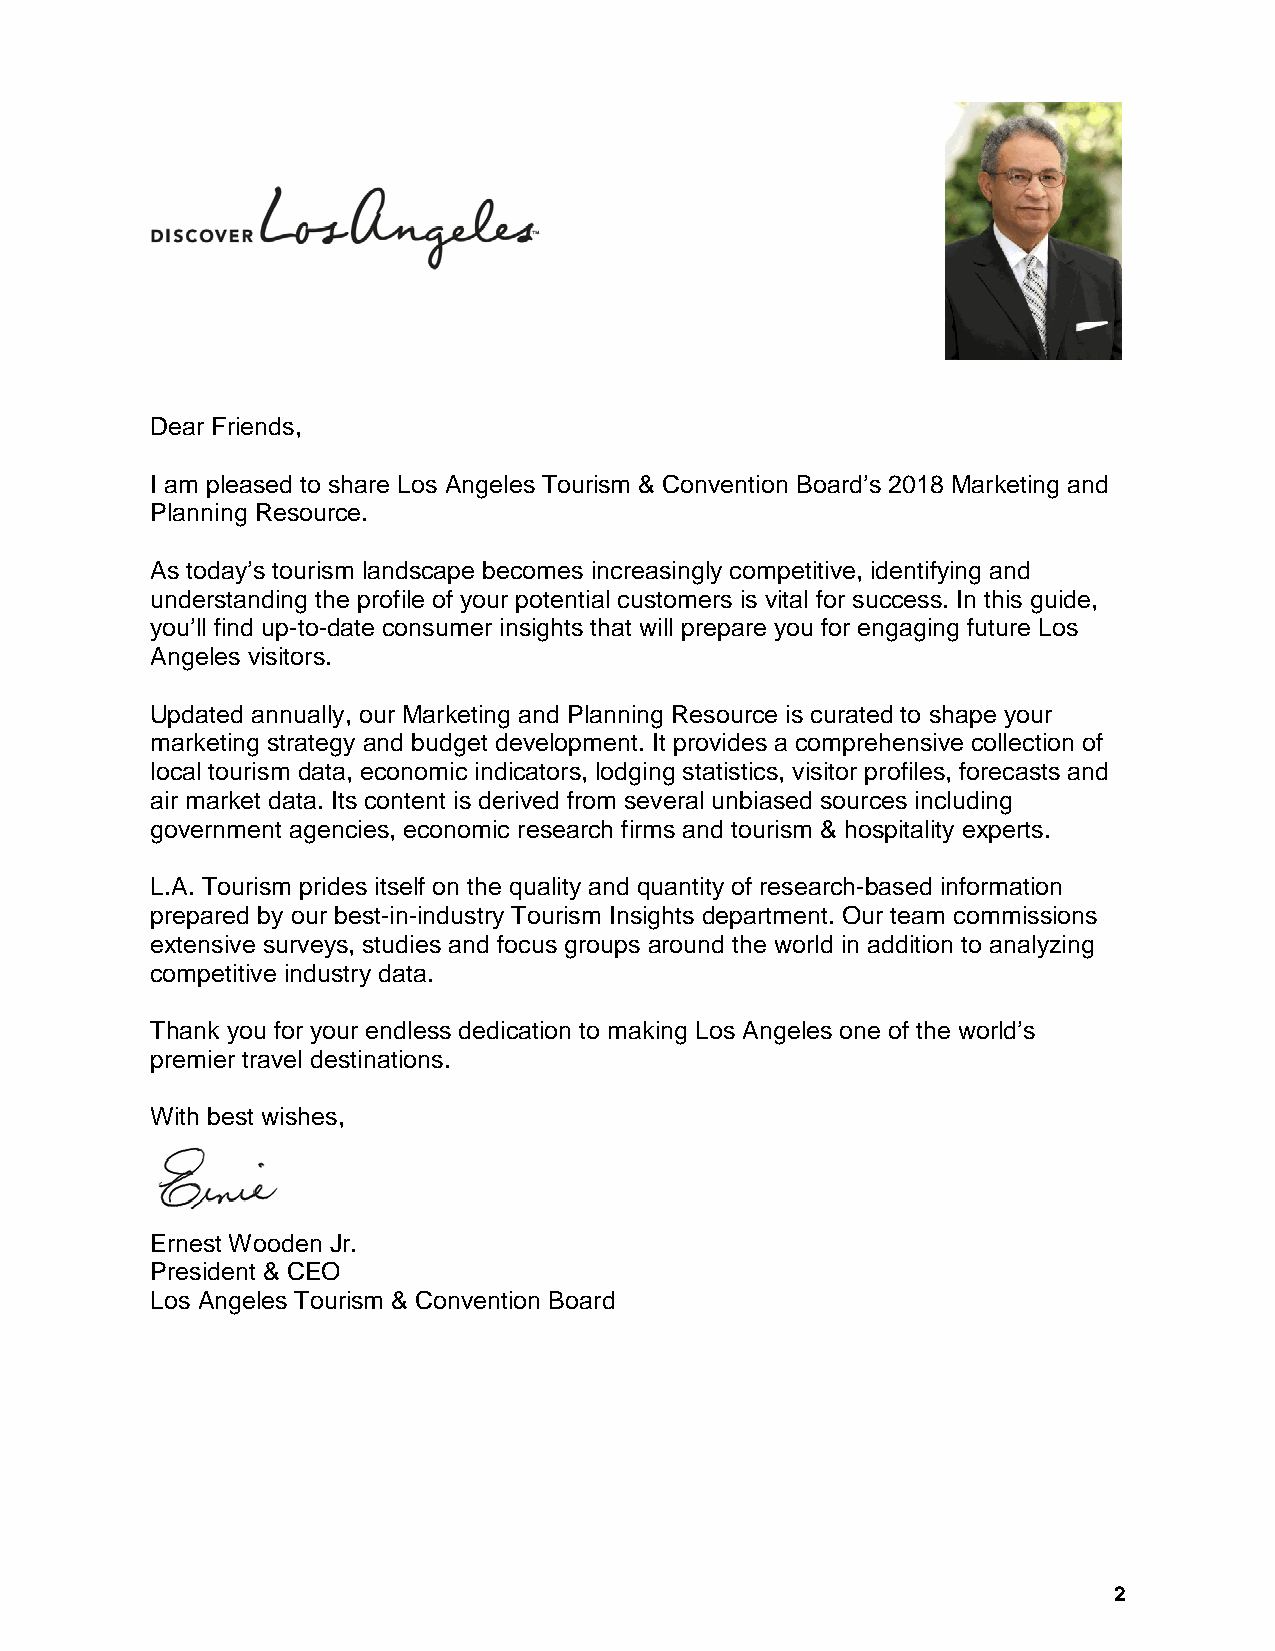
Dear Friends,
 I am pleased to share Los Angeles Tourism & Convention Board’s 2018 Marketing and
 Planning Resource.
 As today’s tourism landscape becomes increasingly competitive, identifying and
 understanding the profile of your potential customers is vital for success. In this guide,
 you’ll find up-to-date consumer insights that will prepare you for engaging future Los
 Angeles visitors.
 Updated annually, our Marketing and Planning Resource is curated to shape your
 marketing strategy and budget development. It provides a comprehensive collection of
 local tourism data, economic indicators, lodging statistics, visitor profiles, forecasts and
 air market data. Its content is derived from several unbiased sources including
 government agencies, economic research firms and tourism & hospitality experts.
 L.A. Tourism prides itself on the quality and quantity of research-based information
 prepared by our best-in-industry Tourism Insights department. Our team commissions
 extensive surveys, studies and focus groups around the world in addition to analyzing
 competitive industry data.
 Thank you for your endless dedication to making Los Angeles one of the world’s
 premier travel destinations.
 With best wishes,
 Ernest Wooden Jr.
 President & CEO
 Los Angeles Tourism & Convention Board
 2